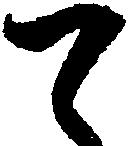
て